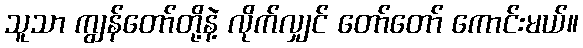
သူသာ ကျွန်တော်တို့နဲ့ လိုက်လျှင် တော်တော် ကောင်းမယ်။